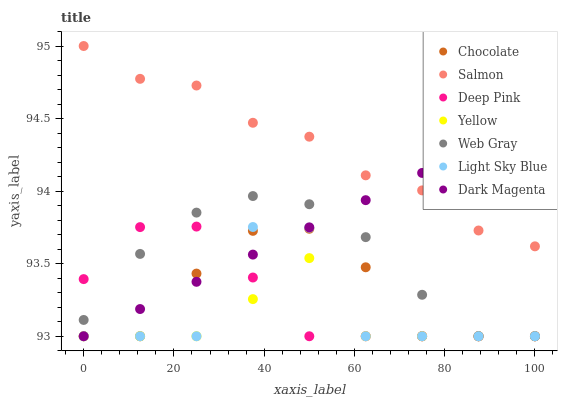
| xaxis_label | Chocolate | Salmon | Deep Pink | Yellow | Web Gray | Light Sky Blue | Dark Magenta |
 | --- | --- | --- | --- | --- | --- | --- | --- |
 | 0 | 93 | 95 | 93.4 | 93 | 93.1 | 93 | 93 |
 | 12.5 | 93 | 94.8 | 93.8 | 93 | 93.6 | 93 | 93.2 |
 | 25 | 93.4 | 94.7 | 93.8 | 93 | 93.9 | 93 | 93.4 |
 | 37.5 | 93.7 | 94.5 | 93.4 | 93.3 | 94 | 93.8 | 93.6 |
 | 50 | 93.7 | 94.4 | 93 | 93.5 | 93.9 | 93.7 | 93.8 |
 | 62.5 | 93.5 | 94.1 | 93 | 93 | 93.7 | 93 | 93.9 |
 | 75 | 93 | 94 | 93 | 93 | 93.3 | 93 | 94.1 |
 | 87.5 | 93 | 93.7 | 93 | 93 | 93 | 93 | 94.3 |
 | 100 | 93 | 93.6 | 93 | 93 | 93 | 93 | 94.5 |